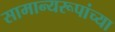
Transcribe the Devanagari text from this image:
सामान्यरूपांच्या